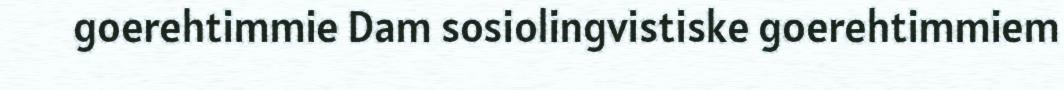
goerehtimmie Dam sosiolingvistiske goerehtimmiem